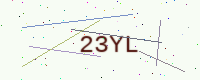
Text: 23YL